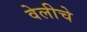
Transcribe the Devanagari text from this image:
वेलीचे